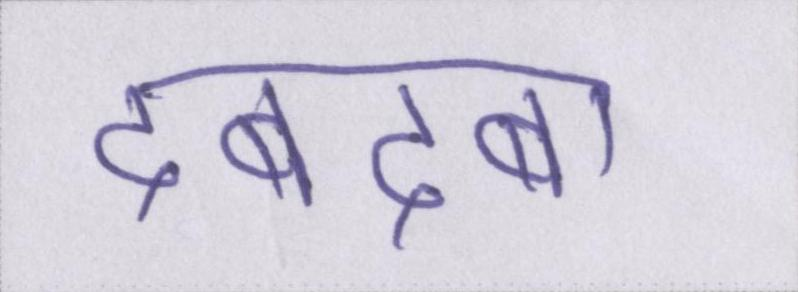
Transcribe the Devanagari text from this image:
दबदबा